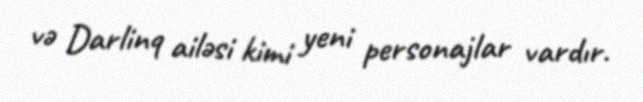
və Darlinq ailəsi kimi yeni personajlar vardır.